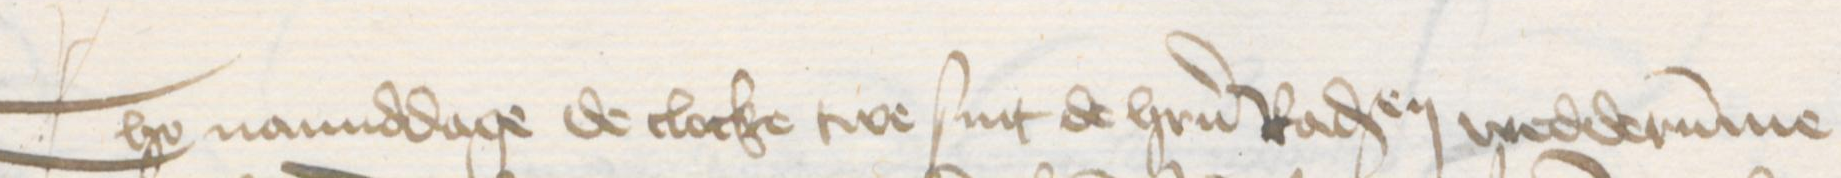
Tho namiddage de clocke twe sint de herrn Radsendeboden wedderumme